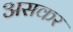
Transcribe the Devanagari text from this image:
असकर